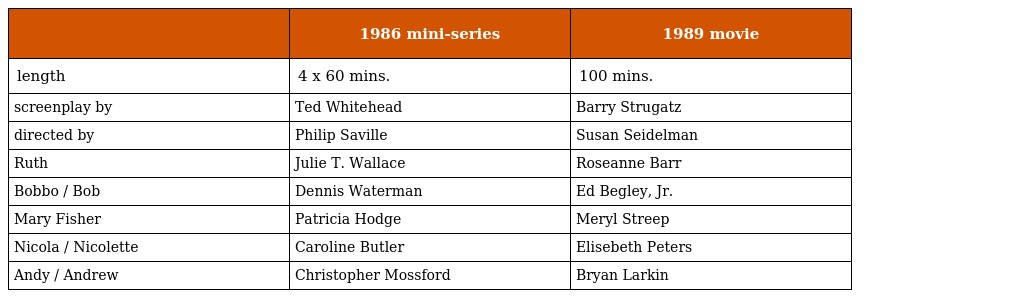
|  | 1986 mini-series | 1989 movie |
 | --- | --- | --- |
 | length | 4 x 60 mins. | 100 mins. |
 | screenplay by | Ted Whitehead | Barry Strugatz |
 | directed by | Philip Saville | Susan Seidelman |
 | Ruth | Julie T. Wallace | Roseanne Barr |
 | Bobbo / Bob | Dennis Waterman | Ed Begley, Jr. |
 | Mary Fisher | Patricia Hodge | Meryl Streep |
 | Nicola / Nicolette | Caroline Butler | Elisebeth Peters |
 | Andy / Andrew | Christopher Mossford | Bryan Larkin |